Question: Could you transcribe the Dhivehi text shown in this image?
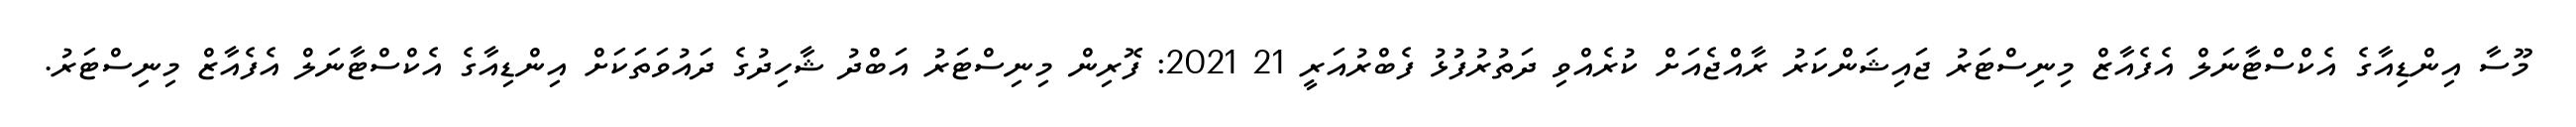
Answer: މޫސާ އިންޑިއާގެ އެކްސްޓާނަލް އެފެއާޒް މިނިސްޓަރު ޖައިޝަންކަރު ރާއްޖެއަށް ކުރެއްވި ދަތުރުފުޅު ފެބްރުއަރީ 21 2021: ފޮރިން މިނިސްޓަރު އަބްދު ޝާހިދުގެ ދައުވަތަކަށް އިންޑިއާގެ އެކްސްޓާނަލް އެފެއާޒް މިނިސްޓަރު.